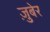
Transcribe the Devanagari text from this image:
ज़ुबेर